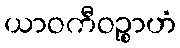
ယာဝကီဝဉ္စာဟံ